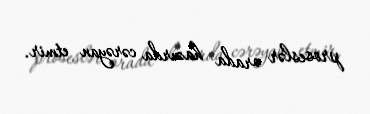
proseslər orada hazırda cərəyan etmir.